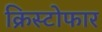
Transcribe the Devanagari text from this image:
क्रिस्टोफार